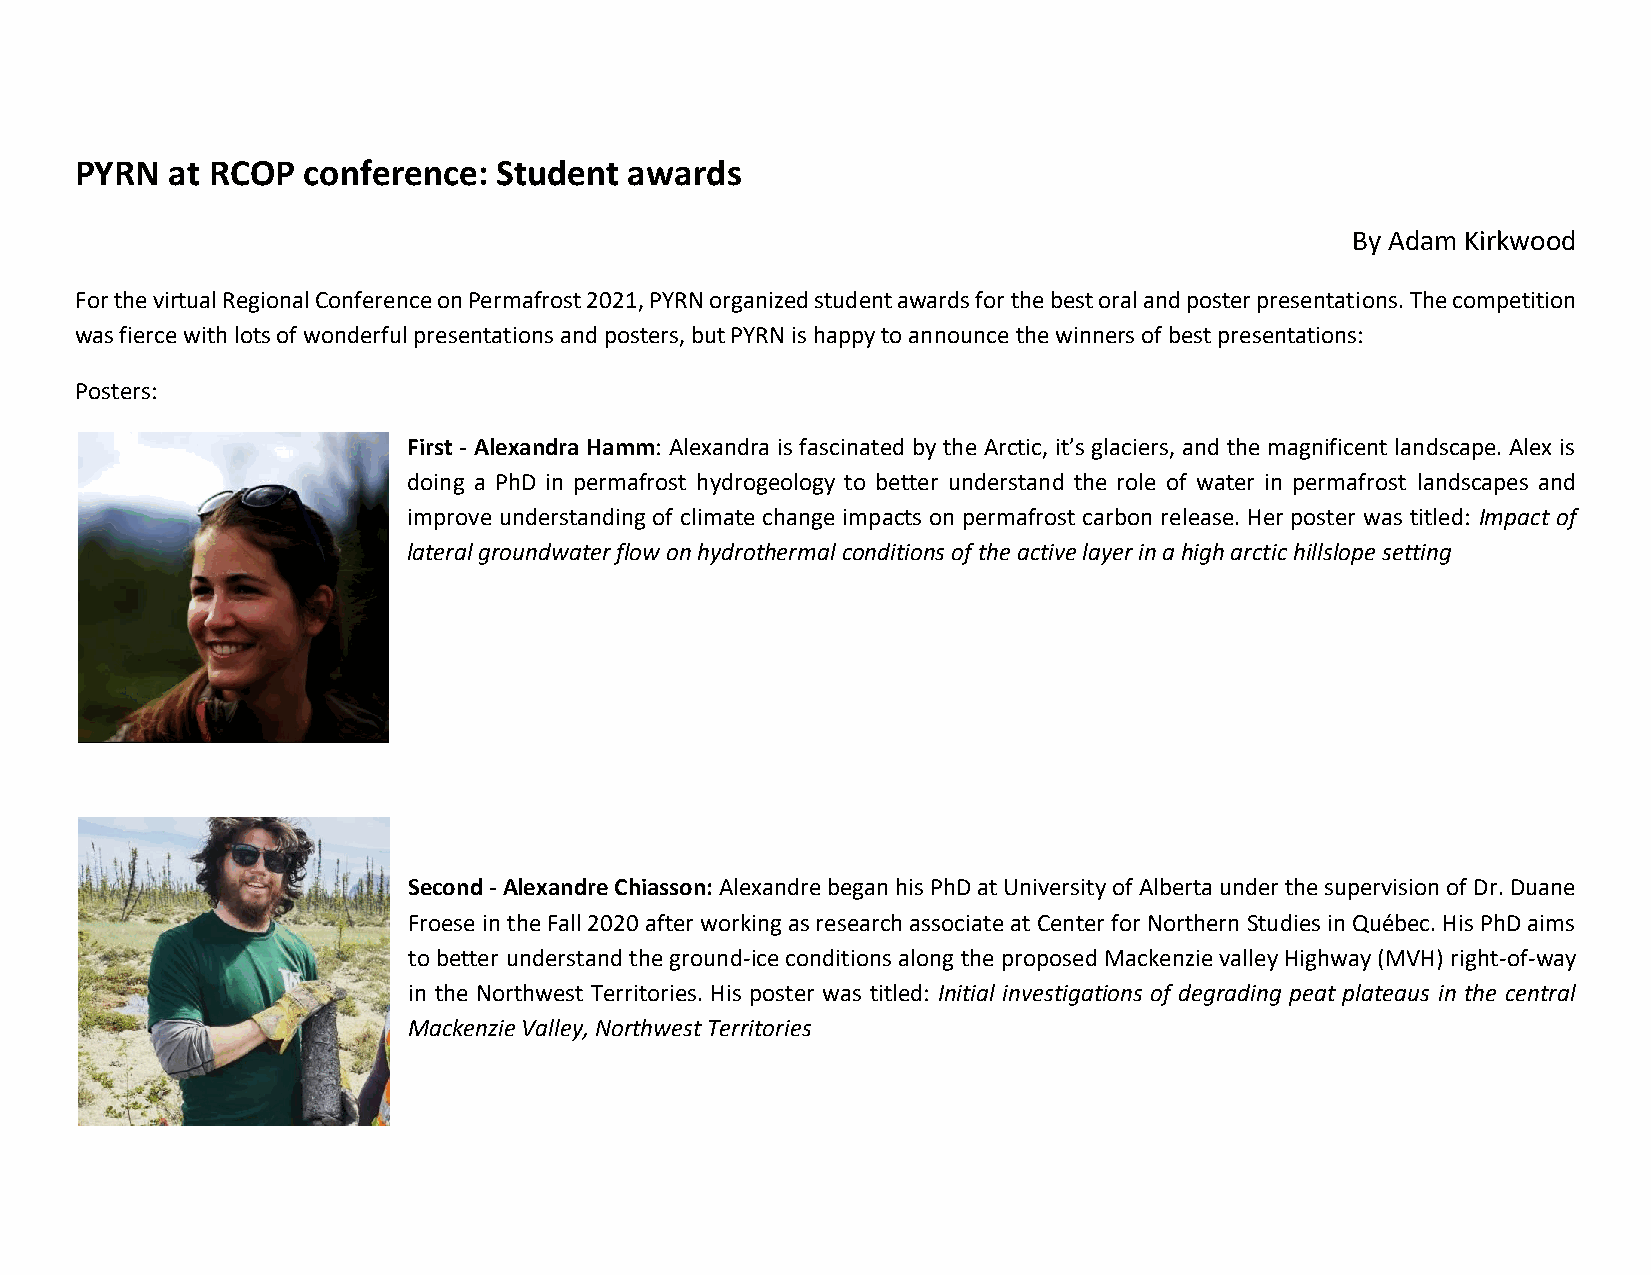
PYRN  at RCOP  conference:  Student  awards
 By Adam Kirkwood
 For the virtual Regional Conference on Permafrost 2021, PYRN organized student awards for the best oral and poster presentations. The competition
 was fierce with lots of wonderful presentations and posters, but PYRN is happy to announce the winners of best presentations:
 Posters:
 First - Alexandra Hamm: Alexandra is fascinated by the Arctic, it’s glaciers, and the magnificent landscape. Alex is
 doing a PhD in permafrost hydrogeology to better understand the role of water in permafrost landscapes and
 improve understanding of climate change impacts on permafrost carbon release. Her poster was titled: Impact of
 lateral groundwater flow on hydrothermal conditions of the active layer in a high arctic hillslope setting
 Second - Alexandre Chiasson: Alexandre began his PhD at University of Alberta under the supervision of Dr. Duane
 Froese in the Fall 2020 after working as research associate at Center for Northern Studies in Québec. His PhD aims
 to better understand the ground-ice conditions along the proposed Mackenzie valley Highway (MVH) right-of-way
 in the Northwest Territories. His poster was titled: Initial investigations of degrading peat plateaus in the central
 Mackenzie Valley, Northwest Territories